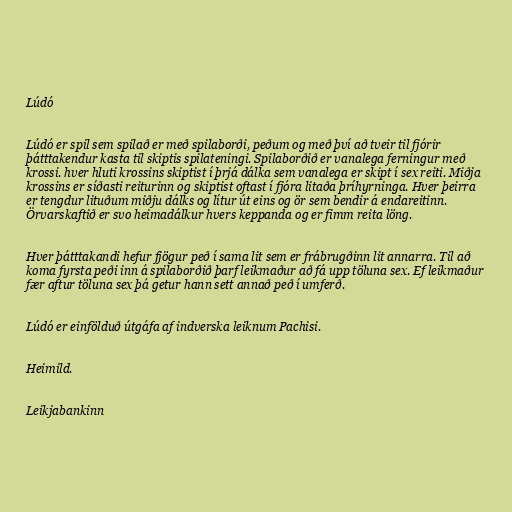
Lúdó

Lúdó er spil sem spilað er með spilaborði, peðum og með því að tveir til fjórir
þátttakendur kasta til skiptis spilateningi. Spilaborðið er vanalega ferningur með
krossi. hver hluti krossins skiptist í þrjá dálka sem vanalega er skipt í sex reiti. Miðja
krossins er síðasti reiturinn og skiptist oftast í fjóra litaða þríhyrninga. Hver þeirra
er tengdur lituðum miðju dálks og lítur út eins og ör sem bendir á endareitinn.
Örvarskaftið er svo heimadálkur hvers keppanda og er fimm reita löng.

Hver þátttakandi hefur fjögur peð í sama lit sem er frábrugðinn lit annarra. Til að
koma fyrsta peði inn á spilaborðið þarf leikmaður að fá upp töluna sex. Ef leikmaður
fær aftur töluna sex þá getur hann sett annað peð í umferð.

Lúdó er einfölduð útgáfa af indverska leiknum Pachisi.

Heimild.

Leikjabankinn